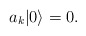
\begin{align*}a_k |0\rangle=0. \end{align*}